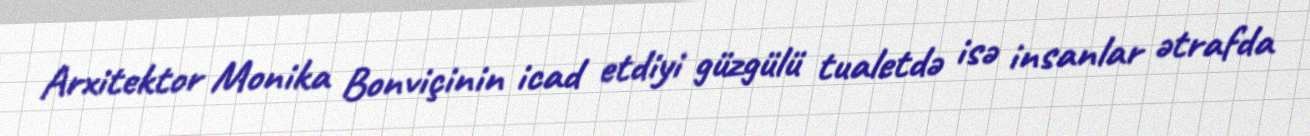
Arxitektor Monika Bonviçinin icad etdiyi güzgülü tualetdə isə insanlar ətrafda